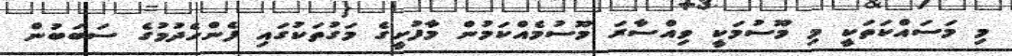
މި މަސައްކަތަކީ މި މޫސުމަކީ ވިއްސާރަ މޫސުމެއްކަމުން މާފުށީގެ މަގުތަކުގައި ފެންހެދުމުގެ ސަބަބުން